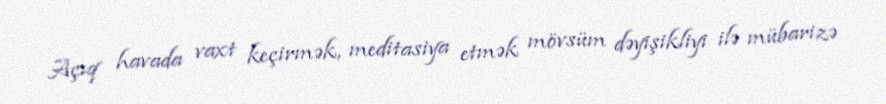
Açıq havada vaxt keçirmək, meditasiya etmək mövsüm dəyişikliyi ilə mübarizə